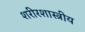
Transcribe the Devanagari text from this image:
शरीरशास्त्रीय